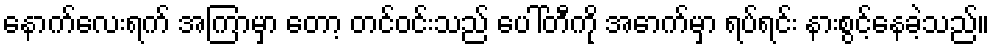
နောက်လေးရက် အကြာမှာ တော့ တင်ဝင်းသည် ပေါ်တီကို အောက်မှာ ရပ်ရင်း နားစွင့်နေခဲ့သည်။